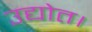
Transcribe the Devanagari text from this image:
उद्योत।